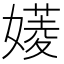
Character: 𡡷